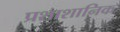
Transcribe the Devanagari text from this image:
प्रशाशानिक